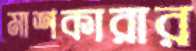
মাশকারার